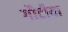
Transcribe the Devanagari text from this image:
गौटीया